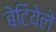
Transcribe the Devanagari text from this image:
बेटियेले